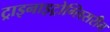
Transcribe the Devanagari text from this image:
ट्राइनाइट्रोग्लिसरीन